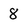
Character: 8